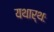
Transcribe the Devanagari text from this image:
यथार्थः